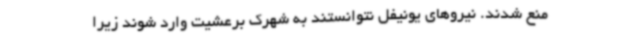
منع شدند. نیروهای یونیفل نتوانستند به شهرک برعشیت وارد شوند زیرا